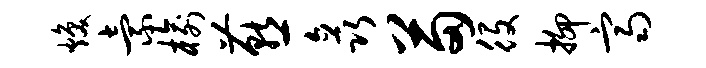
焕索榆燕矗苗役抑齐